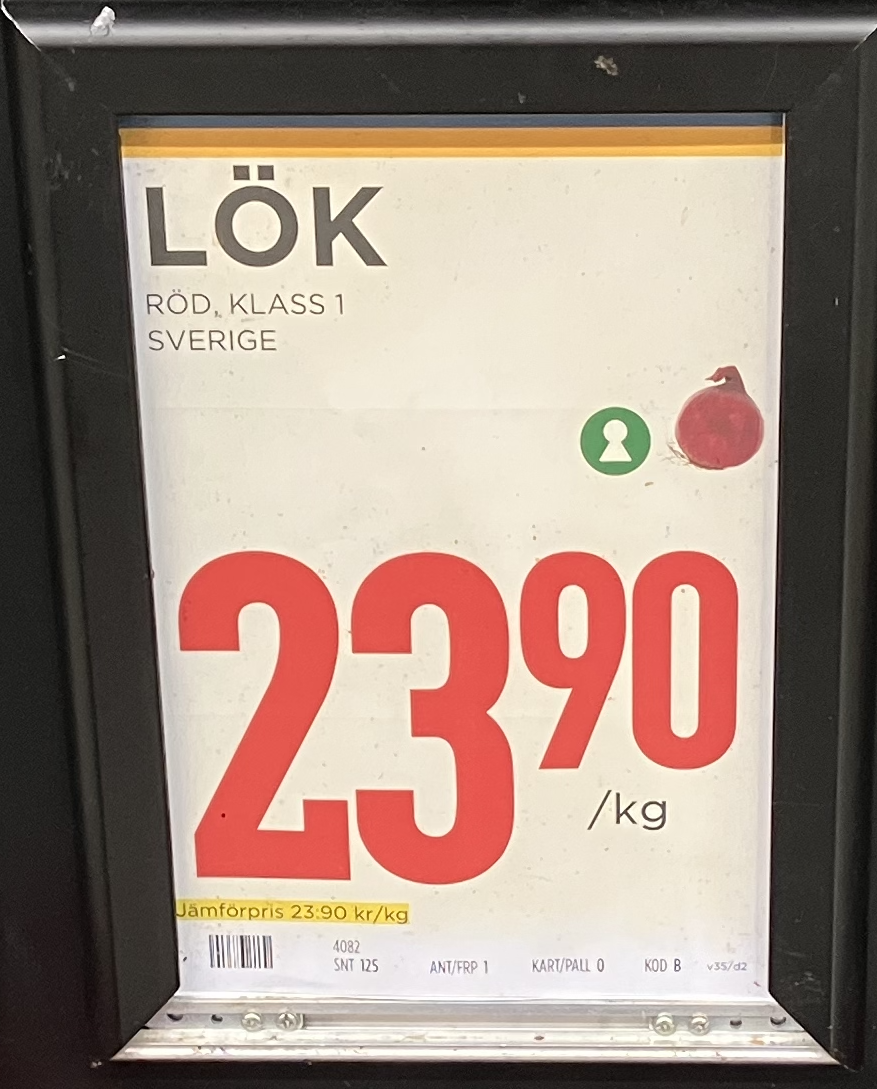
Vara: Lök
Genomsnittspris: 23.9 per kg